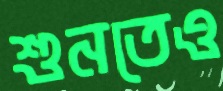
শুনতেও